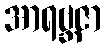
အာရဗ္ဘဇာ